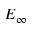
E _ { \infty }